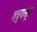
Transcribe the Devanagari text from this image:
शत्रुपासून